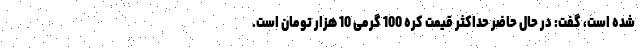
شده است، گفت: در حال حاضر حداکثر قیمت کره 100 گرمی 10 هزار تومان است.